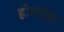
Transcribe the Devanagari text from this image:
होयगेल